Civil Veterinary Department. Madras. Admin. report 1926-33 - 1926-1933
Year: 1926
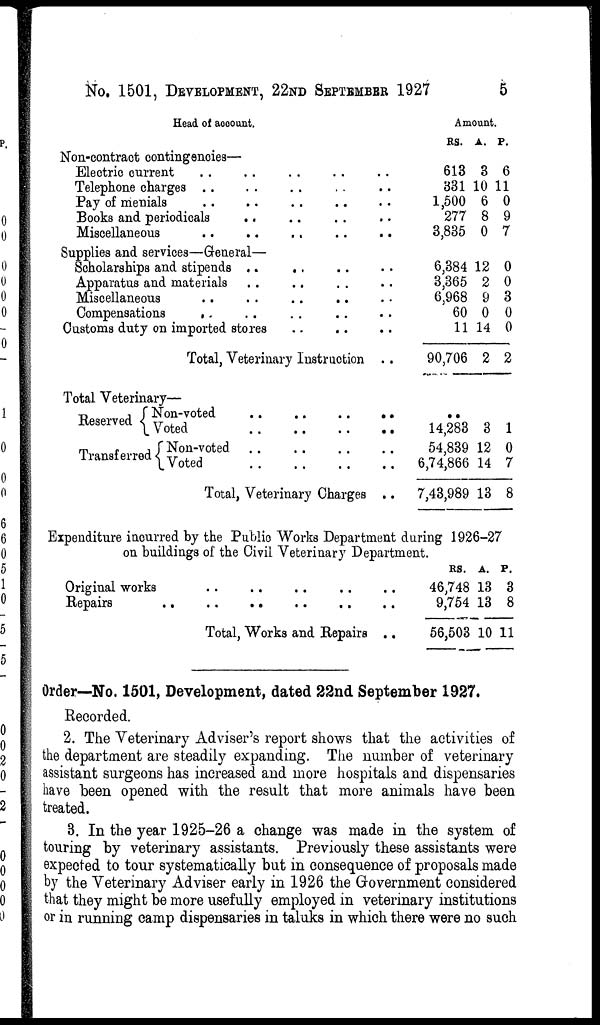
No. 1501, DEVELOPMENT, 22ND SEPTEMBER 1927
5
Head of account.
Non-contraot contingencies—
Electric current .. .. .. .. ..
Telephone charges .. .. .. ..
Pay of menials .. .. .. .. ..
Books and periodicals .. .. ..
Miscellaneous .. .. .. .. ..
Supplies and services—General—
Scholarships and stipends ..
.. ..
Apparatus and materials .. .. ..
Miscellaneous .. .. .. ..
Compensations .. .. .. ..
Customs duty on imported stores .. ..
Total, Veterinary Instruction
Total Veterinary—
Reserved
Transferred
Non-voted .. .. ..
Voted .. .. ..
Non-voted .. .. ..
Voted .. .. ..
Total, Veterinary Charges
Amount.
RS.
.. 613
.. 331
.. 1,500
.. 277
.. 3,835
.. 6,384
.. 3,365
.. 6,968
.. 60
.. 11
.. 90,706
14,283
. 54,839
.. 6,74,866
..
7,43,989
Expenditure inc
on b
urred by the Public Works Department during 192
uildings of the Civil Veterinary Department.
Original wor
ks .. .. .. .. .. ..
Repairs .. .. .. .. .. .. .. ..
Total, Works and Repairs
RS.
.. 46,748
.. 9,754
.. 56,503
A.
3
10
6
8
0
12
2
9
0
14
2
3
12
14
13
6-2
A.
13
13
10
P.
6
11
0
9
7
0
0
3
0
0
2
1
0
7
8
7
P.
3
8
11
Order—No. 1501, Development, dated 22nd September 1927.
Recorded.
2. The Veterinary Adviser's report shows that the activities of
the department are steadily expanding. The number of veterinary
assistant surgeons has increased and more hospitals and dispensaries
have been opened with the result that more animals have been
treated.
3. In the year 1925-26 a change was made in the system of
touring by veterinary assistants. Previously these assistants were
expected to tour systematically but in consequence of proposals made
by the Veterinary Adviser early in 1926 the Government considered
that they might be more usefully employed in veterinary institutions
or in running camp dispensaries in taluks in which there were no such